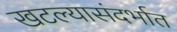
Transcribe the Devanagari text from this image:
खटल्यासंदर्भात